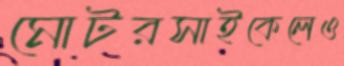
মোটরসাইকেলেও